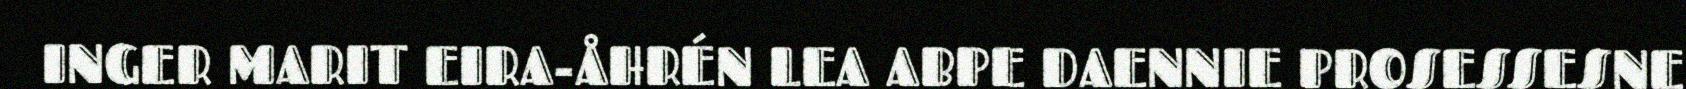
INGER MARIT EIRA-ÅHRÉN LEA ABPE DAENNIE PROSESSESNE